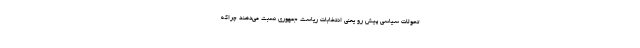
تحولات سیاسی پیش رو یعنی انتخابات ریاست جمهوری نسبت می‌دهند چراکه